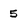
Character: 5